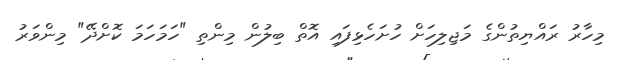
މިހާރު ރައްޔިތުންގެ މަޖިލިހަށް ހުށަހެޅިފައި އޮތް ބިލުން މިންތި "ހަމަހަމަ ކޮށްދޭ" މިންވަރު